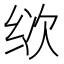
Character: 𰬒